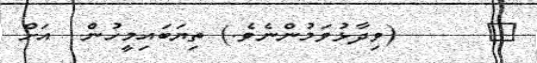
٣      (ވިދާޅުވަމުންނެވެ.) ތިޔަބައިމީހުން  އަށް